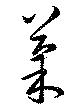
菓